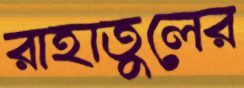
রাহাতুলের